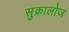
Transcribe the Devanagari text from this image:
सुक्रालोज